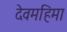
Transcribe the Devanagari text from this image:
देवमहिमा